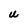
Character: U